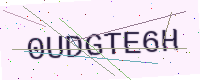
Text: 0UDGTE6H